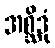
အစ္ဆိဒုံ